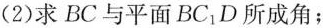
(2)求BC与平面BC_{1}D所成角；